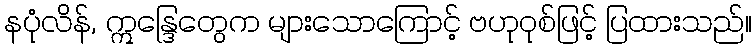
နပုံလိန်, ဣန္ဒြေတွေက များသောကြောင့် ဗဟုဝုစ်ဖြင့် ပြထားသည်။